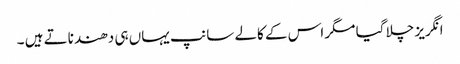
انگریز چلا گیا مگر اس کے کالے سانپ یہاں ہی دھندناتے ہیں ۔